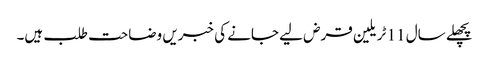
پچھلے سال 11 ٹریلین قرض لیے جانے کی خبریں وضاحت طلب ہیں۔